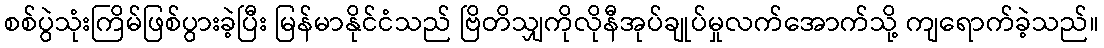
စစ်ပွဲသုံးကြိမ်ဖြစ်ပွားခဲ့ပြီး မြန်မာနိုင်ငံသည် ဗြိတိသျှကိုလိုနီအုပ်ချုပ်မှုလက်အောက်သို့ ကျရောက်ခဲ့သည်။